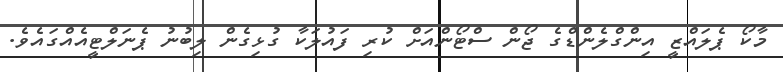
މާކޯ ޕެލައްޒީ އިންގްލެންޑްގެ ޖޯން ސްޓޯންއަށް ކުރި ފައުލަކާ ގުޅިގެން ލިބުނު ޕެނަލްޓީއެއްގައެވެ.